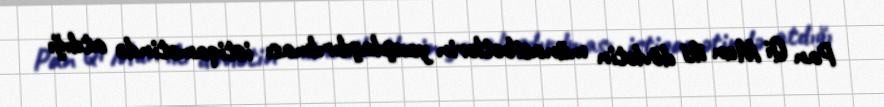
Pan Qi Mun iki dövlətin münasibətlərin yaxşılaşdırılması istiqamətində atdığı